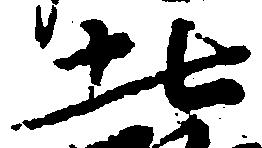
北